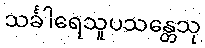
သင်္ခါရေသူပသန္တေသု